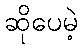
ဆိုပေမဲ့